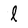
Character: l